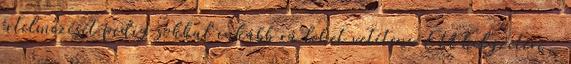
értelmezését pedig sokkal inkább rá lehet vetíteni EU helyzetére,